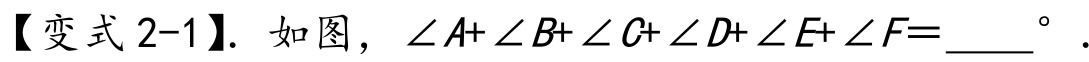
【变式2-1】. 如图，$\angle A+\angle B+\angle C+\angle D+\angle E+\angle F = \_\_\_^{\circ}$.